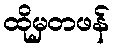
ထိုမှတဖန်